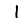
Digit: 1